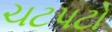
ચટપટો